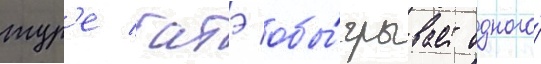
тур'е батэ обы́грывает одного́